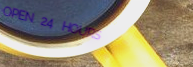
OPEN 24 HOURS